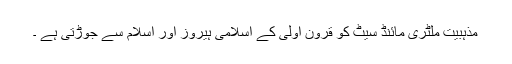
مذہبیت ملٹری مائنڈ سیٹ کو قرون اولیٰ کے اسلامی ہیروز اور اسلام سے جوڑتی ہے ۔